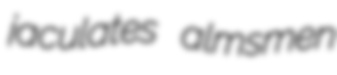
jaculates almsmen